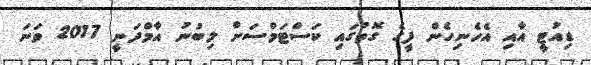
ޑިއުޓީ އާއި އެހެނިހެން ފީގެ ގޮތުގައި ކަސްޓަމްސަށް ލިބުނު އާމްދަނީ 2017 ވަނަ